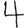
Digit: 4